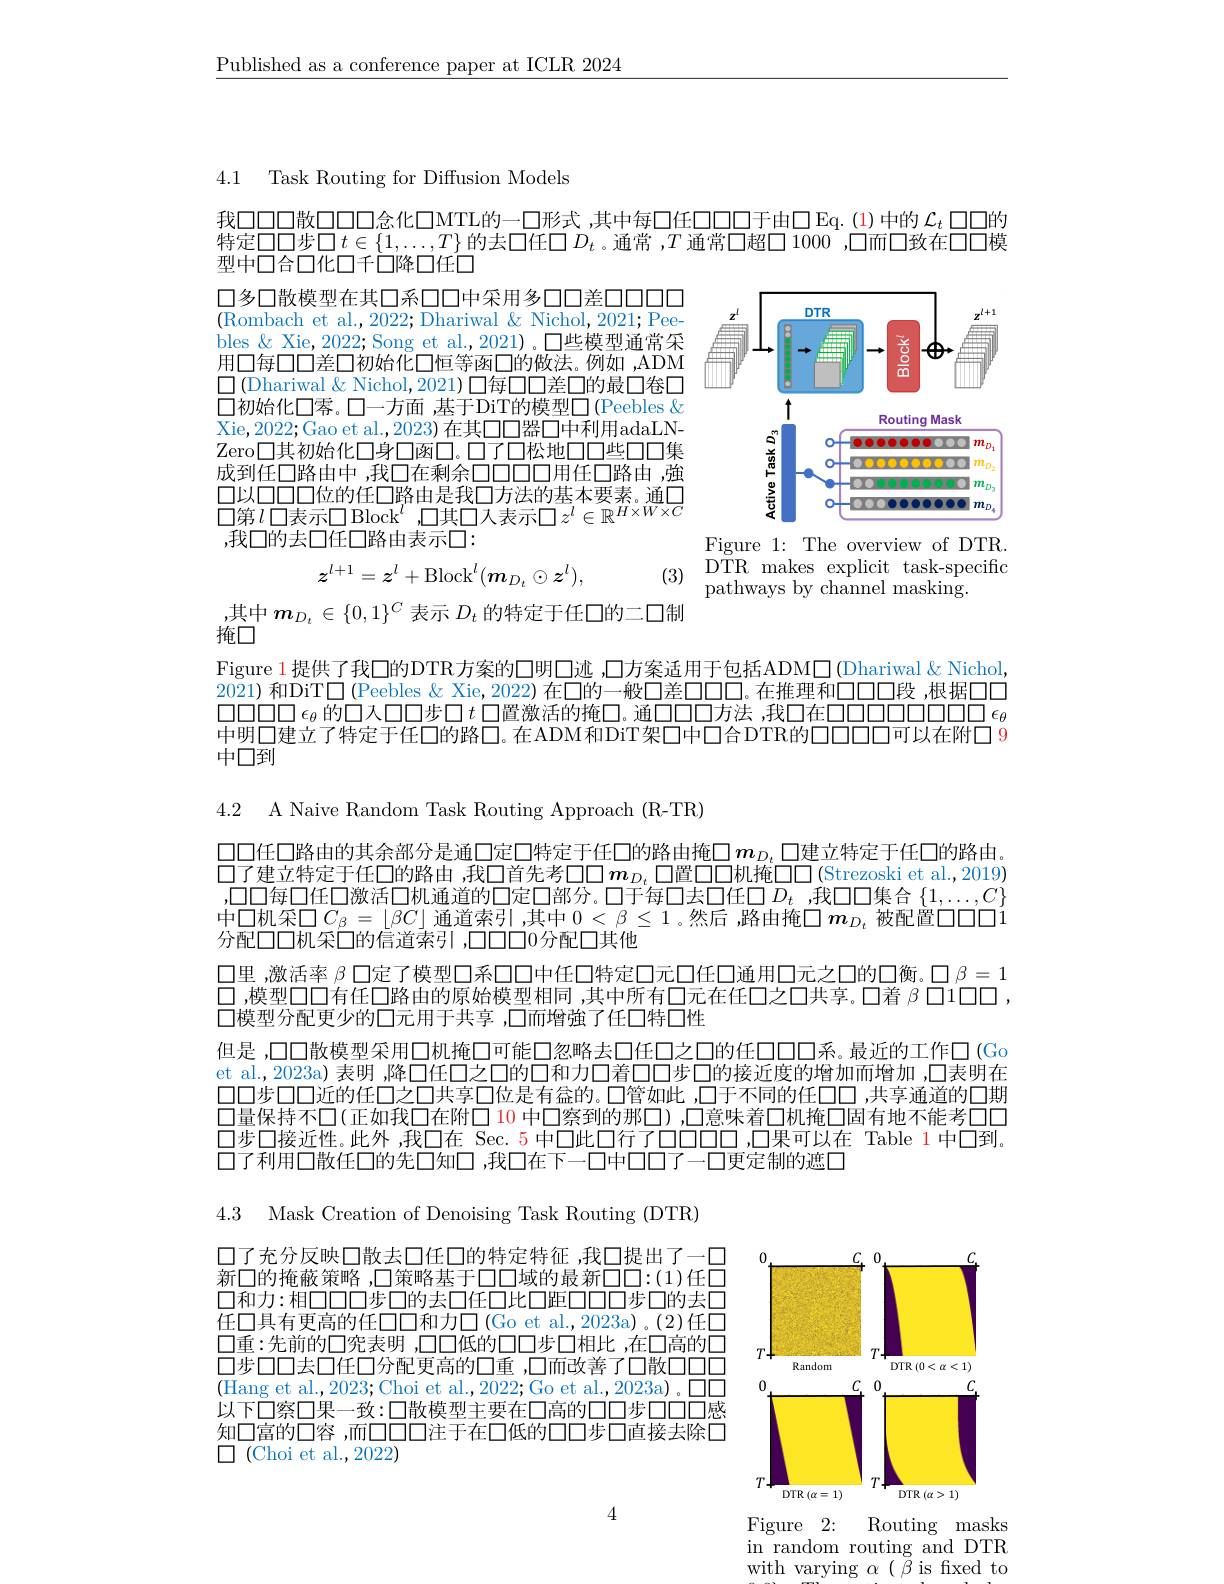
$\underline{\text{Published as a conference paper at ICLR 2024}}$

4.1 Task Routing for Diffusion Models

我口口口散口口口念化口MTL的一口形式 ,其中每口任0000于由口Eq.(1)中的$\mathcal{L}_t$口口的特定口口步$\square t\in\{1,\ldots,T\}$ 的去口任$\square D_t$ 。通常 ,$T$ 通常口超口 1000 ,口而口致在口口模型中口合口化口千口降口任口

<FigureHere>

口多口散模型在其口系口口中采用多口口差口口口口(Rombach et al.,2022;Dhariwal & Nichol,2021;Peebles & Xie, 2022; Song et al., 2021) 。口些模型通常采用口每口口差口初始化口恒等函口的做法。例如，ADM $\square$(Dhariwal & Nichol, 2021) 口每口口差口的最口卷口口初始化口客。口一方面 ,基于DiT的模型口(Peebles $\&$ Xie,2022;Gao et al.,2023)在其口口器口中利用adaLNZero口其初始化口身口函口。口了口松地口口些口口集成到任口路由中，我口在剩余口口口用任口路由，強
庆内县
要素。诵
表示口$z^l\in\mathbb{R}^{H\times\widetilde{W}\times C}$
1日
$\{|nrk\}$
11其1
,我口的去口任口路由表示口：

Figure 1: The overview of DTR. DTR makes explicit task-specific pathways by channel masking.
$$z^{l+1}=z^{l}+\mathrm{Block}^{l}(m_{D_{t}}\odot z^{l}),$$
(3)

,其中$m_{D_t}\in\{0,1\}^C$表示$D_t$的特定于任口的二口制
掩口

Figure 1提供了我口的DTR方案的口明口迹 ,口方案适用于包括ADM$\square$ (Dhariwal&Nichol, $\bar{2021}$)和DiT$\square$(Peebles & Xie, 2022) 在口的一般口差口口口。在推理和口口口段，根据口口$\square\square\square\square\epsilon_{\theta}$的口入口口步口$t$口置激活的掩口。通口口口方法，我口在口口口口口口口口$\epsilon_{\theta}$ 中明口建立了特定于任口的路口。在ADM和DiT架口中口合DTR的口口口口可以在附口9中口到

4.2 A Naive Random Task Routing Approach (R-TR)

口口任口路由的其余部分是通口定口特定于任口的路由掩$\square m_{D_t}\square$建立特定于任口的路由。$\square$了建立特定于任口的路由 ,我□首先考$\square\square m_{D_t}\square$置口口机掩$\square\square($Strezoski et al,2019) ,口口每口任口激活口机通道的口定口部分。口于每口去口任口$D_t$ ,我口口集合$\{1,\ldots,C\}$ 中口机采$\square C_{\beta}=\lfloor\beta C\rfloor$ 通道索引，其中 $0<\beta\leq1$ 。然后 ,路由掩$\square m_D_t$ 被配置$\square\square\square\square1$ 分配口口机采口的信道索引，口口口0分配口其他
口里 ,激活率 $\beta\square$定了模型口系口口中任口特定口元口任口通用口元之口的口衡。口 $\beta=1$ 口，模型口口有任口路由的原始模型相同，其中所有口元在任口之口共享。口着$\beta\square1\square\square$ , 口模型分配更少的口元用于共享 ,口而增強了任口特口性
但是 ,口口散模型采用口机掩口可能口忽略去口任口之口的任口口口不。最近的工作口(Go et al.,2023a) 表明 ,降口任口之口的口和力口着口口步口的接近度的增加而增加 ,口表明在口口步口口近的任口之口共享口位是有盒的。口管如此 ,口于不同的任口口 ,共享通道的口期口量保持不口(正如我口在附口 10 中口察到的那口),口意味着口机掩口固有地不能考口口口步口接近性。此外 ,我口在 Sec. 5 中口此口行了0000 ,口果可以在 Table 1 中口到。口了利用口散任口的先口知口，我口在下一口中口口了一口更定制的遮口

4.3 Mask Creation of Denoising Task Routing (DTR)

口了充分反映口散去口任口的特定特征 ,我口提出了一口新口的掩蔽策略，口策略基于口口域的最新$\square\square:(1)$任口$\square$和力：相口口步口的去口任口比口距口口00步口的去口任口具有更高的任口口和力口(Go et al.,2023a)。(2)任口$\square 重：先前的\square$究表明 ,口口低的口口步口相比 ,在口高的口口步口口去口任口分配更高的口重 ,口而改善了口散口口口(Hang et al.,2023;Choi et al.,2022;Go et al.,2023a)。□□ 以下口察口果一致：口散模
知口富的口容，而口口口口注于在口低的口口步口直接去除口
$\square$ (Choi et al.,2022)

<FigureHere>

4

Figure 2: Routing masks in random routing and DTR with varying $\alpha(\beta$ is fixed to